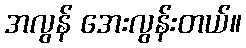
အလွန် အေးလွန်းတယ်။